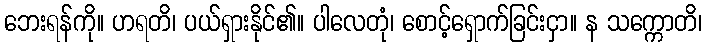
ဘေးရန်ကို။ ဟရတိ၊ ပယ်ရှားနိုင်၏။ ပါလေတုံ၊ စောင့်ရှောက်ခြင်းငှာ။ န သက္ကောတိ၊